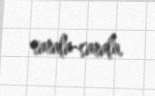
sarala-sarala.